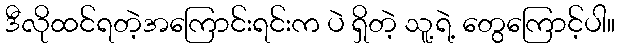
ဒီလိုထင်ရတဲ့အကြောင်းရင်းက ပဲ ရှိတဲ့ သူ့ရဲ့ တွေကြောင့်ပါ။